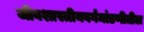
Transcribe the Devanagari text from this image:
जीवशास्त्रीयवर्गमांडणीतील